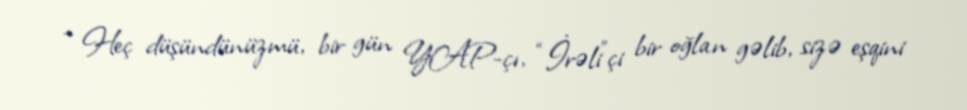
- Heç düşündünüzmü, bir gün YAP-çı, “İrəli”çi bir oğlan gəlib, sizə eşqini